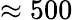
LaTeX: \approx 500